Indian journal of veterinary science and animal husbandry - Volume 3,
Year: 1933
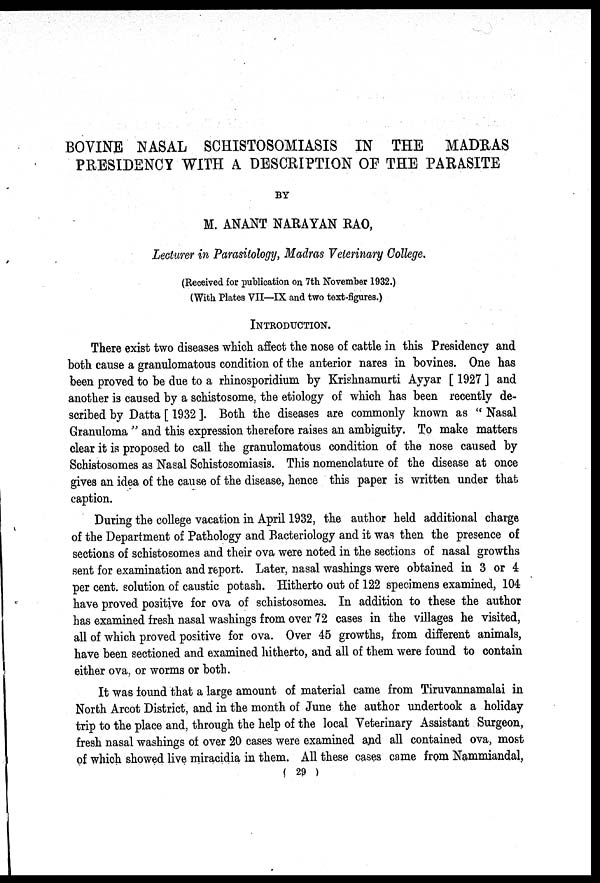
BOVINE NASAL SCHISTOSOMIASIS IN THE MADRAS
PRESIDENCY WITH A DESCRIPTION OF THE PARASITE
BY
M. ANANT NARAYAN RAO,
Lecturer in Parasitology, Madras Veterinary College.
(Received for publication on 7th November 1932.)
(With Plates VII—IX and two text-figures.)
INTRODUCTION.
There exist two diseases which affect the nose of cattle in this Presidency and
both cause a granulomatous condition of the anterior nares in bovines. One has
been proved to be due to a rhinosporidium by Krishnamurti Ayyar [ 1927 ] and
another is caused by a schistosome, the etiology of which has been recently de-
scribed by Datta [ 1932 ]. Both the diseases are commonly known as " Nasal
Granuloma " and this expression therefore raises an ambiguity. To make matters
clear it is proposed to call the granulomatous condition of the nose caused by
Schistosomes as Nasal Schistosomiasis. This nomenclature of the disease at once
gives an idea of the cause of the disease, hence this paper is written under that
caption.
During the college vacation in April 1932, the author held additional charge
of the Department of Pathology and Bacteriology and it was then the presence of
sections of schistosomes and their ova were noted in the sections of nasal growths
sent for examination and report. Later, nasal washings were obtained in 3 or 4
per cent. solution of caustic potash. Hitherto out of 122 specimens examined, 104
have proved positive for ova of schistosomes. In addition to these the author
has examined fresh nasal washings from over 72 cases in the villages he visited,
all of which proved positive for ova. Over 45 growths, from different animals,
have been sectioned and examined hitherto, and all of them were found to contain
either ova, or worms or both.
It was found that a large amount of material came from Tiruvannamalai in
North Arcot District, and in the month of June the author undertook a holiday
trip to the place and, through the help of the local Veterinary Assistant Surgeon,
fresh nasal washings of over 20 cases were examined and all contained ova, most
of which showed live miracidia in them. All these cases came from Nammiandal,
( 29 )